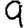
Digit: 9